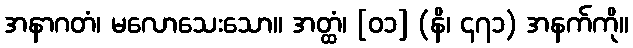
အနာဂတံ၊ မလောသေးသော။ အတ္ထံ၊ [၀၁] (နိ၊ ၄၇၁) အနက်ကို။